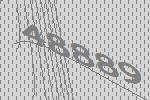
48889